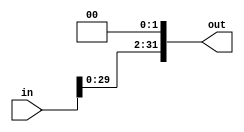
module shift_left_32(
input [31:0] in,
output [31:0] out
);
    assign out = {in[29:0] , 2'b00};
endmodule